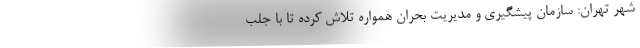
شهر تهران: سازمان پیشگیری و مدیریت بحران همواره تلاش کرده تا با جلب